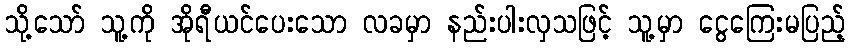
သို့သော် သူ့ကို အိုရီယင်ပေးသော လခမှာ နည်းပါးလှသဖြင့် သူ့မှာ ငွေကြေးမပြည့်